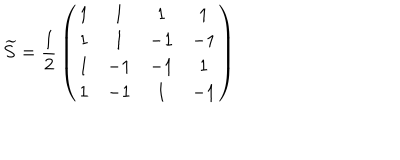
LaTeX: \widetilde { S } = { \frac { 1 } { 2 } } \left( \begin{matrix} { { 1 } } & { { 1 } } & { { 1 } } & { { 1 } } \\ { { 1 } } & { { 1 } } & { { - 1 } } & { { - 1 } } \\ { { 1 } } & { { - 1 } } & { { - 1 } } & { { 1 } } \\ { { 1 } } & { { - 1 } } & { { 1 } } & { { - 1 } } \\ \end{matrix} \right)